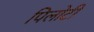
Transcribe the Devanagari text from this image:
पिलोटी